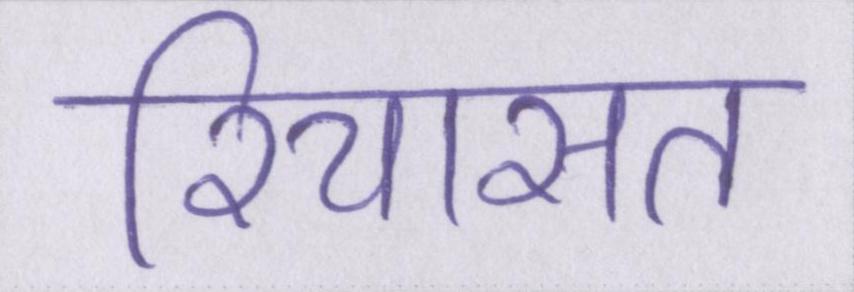
रियासत